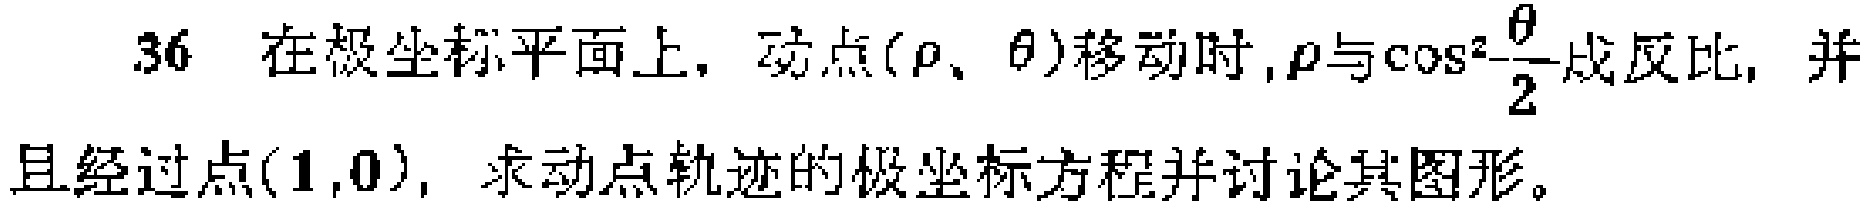
36 在极坐标平面上，动点\((\rho、\theta)\)移动时，\(\rho\)与\(\cos^{2}\frac{\theta}{2}\)成反比，并且经过点\((1,0)\)，求动点轨迹的极坐标方程并讨论其图形。